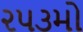
૨૫૩મો